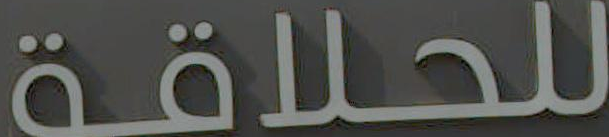
للحلاقة